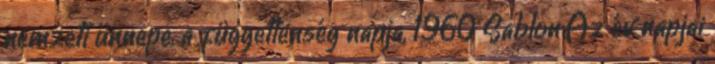
nemzeti ünnepe, a függetlenség napja, 1960 Sablon:Az év napjai